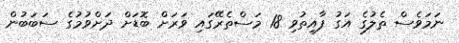
ނަމަވެސް ތެލުގެ އަގު ފާއިތުވި 18 މަސްތެރޭގައި ވަރަށް ބޮޑަށް ދަށްވުމުގެ ސަބަބުން